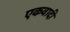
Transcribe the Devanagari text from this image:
एकवादी